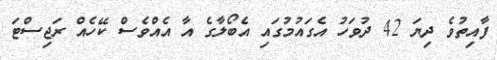
ފާއިތުވެ ދިޔަ 42 ދުވަހު އެގައުމުގައި އެބޯލާގެ އާ އެއްވެސް ކޭހެއް ރަޖިސްޓަ